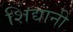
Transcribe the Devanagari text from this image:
शिंद्यानी